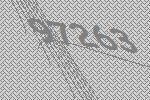
97263